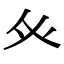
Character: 𭼽